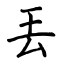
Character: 丟